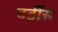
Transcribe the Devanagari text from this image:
वर्डीस